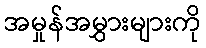
အမှုန်အမွှားများကို